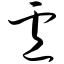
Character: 卢